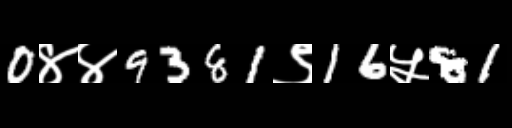
Text: 0४४9381९16५81